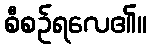
စီစဉ်ရလေ၏။